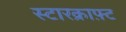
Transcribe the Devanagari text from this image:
स्टारक्राफ़्ट